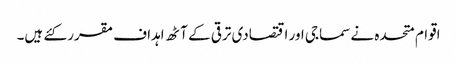
اقوام متحدہ نے سماجی اور اقتصادی ترقی کے آٹھ اہداف مقرر کئے ہیں۔